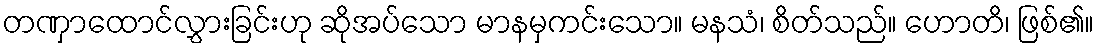
တဏှာထောင်လွှားခြင်းဟု ဆိုအပ်သော မာနမှကင်းသော။ မနသံ၊ စိတ်သည်။ ဟောတိ၊ ဖြစ်၏။